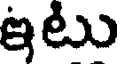
ఇటు